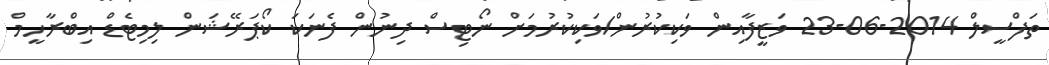
ތަފްސީލް 2014-06-23 ވަޒީފާއިން ވަކިކުރުން/ވަކިކުރުމަށް ނޯޓިސް ދިނުން ފެނަކަ ކޯޕަރޭޝަން ލިމިޓެޑް އިބްރާހީމް